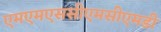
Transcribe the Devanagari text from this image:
एमएमएससीएमसीएमडी